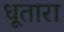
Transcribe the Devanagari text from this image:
धूतारा